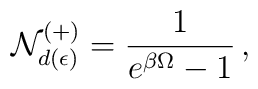
{\cal N}^{(+)}_{d(\epsilon)} = \frac{1}{e^{\beta\Omega}-1}\,,